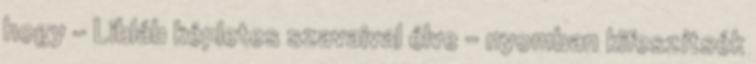
hogy - Libláb képletes szavaival élve - nyomban kifeszítsék